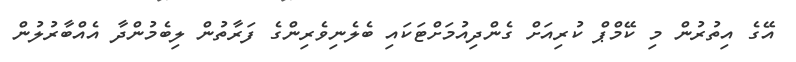
އޭގެ އިތުރުން މި ކޭމްޕް ކުރިއަށް ގެންދިއުމަށްޓަކައި ބެލެނިވެރިންގެ ފަރާތުން ލިބެމުންދާ އެެއްބާރުލުން